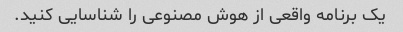
یک برنامه واقعی از هوش مصنوعی را شناسایی کنید.